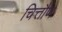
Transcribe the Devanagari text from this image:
चित्तौण